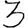
Digit: 3